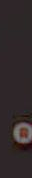
.